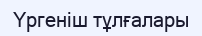
Үргеніш тұлғалары